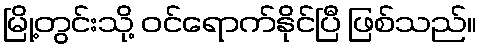
မြို့တွင်းသို့ ဝင်ရောက်နိုင်ပြီ ဖြစ်သည်။